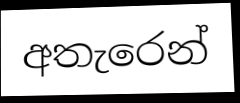
අතැරෙන්